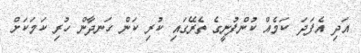
އަދި އެފަދަ ކަމެއް ކުންފުނީގެ ތެރޭގައި ކުރި ކަން ހަނދާން ހުރި ކަމަކަށް